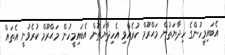
އެބައިމީހުންގެ ހިދާޔަތުން މަޙްރޫމް ކުރެއްވި އެހިދާޔަތުން އެބައިމީހުން މަޙްރޫމް ކުރެވުނީ އެތައް